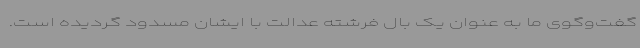
گفت‌وگوی ما به عنوان یک بال فرشته عدالت با ایشان مسدود گردیده است.